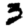
Digit: 3